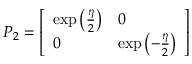
P _ { 2 } = { \left[ \begin{array} { l l } { \exp \left( { \frac { \eta } { 2 } } \right) } & { 0 } \\ { 0 } & { \exp \left( - { \frac { \eta } { 2 } } \right) } \end{array} \right] }